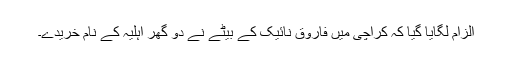
الزام لگایا گیا کہ کراچی میں فاروق نائیک کے بیٹے نے دو گھر اہلیہ کے نام خریدے۔